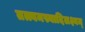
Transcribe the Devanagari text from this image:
तत्त्वमस्यादिलक्ष्यम्